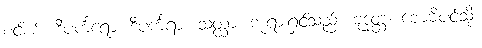
စင်စစ်။ ဒီပင်္ကရော၊ ဒီပင်္ကရာ။ သတ္ထာ၊ ဘုရားရှင်သည်။ ဗုဒ္ဓတ္ထ၊ ဗောဓိပင်သို့။